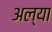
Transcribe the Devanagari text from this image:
अल्या